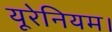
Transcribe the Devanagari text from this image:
यूरेनियम।